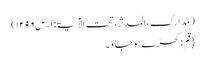
( مدارک، المدثر، تحت الآیۃ: ۱، ص۱۲۹۶)
{قُمْ: کھڑے ہوجاؤ ۔